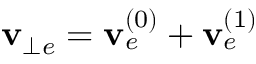
\mathbf { v } _ { \bot e } = \mathbf { v } _ { e } ^ { ( 0 ) } + \mathbf { v } _ { e } ^ { ( 1 ) }